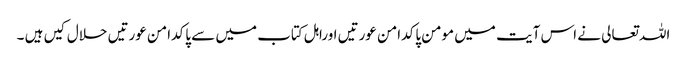
اللہ تعالی نے اس آیت میں مومن پاکدامن عورتیں اوراہل کتاب میں سے پاکدامن عورتیں حلال کیں ہیں ۔